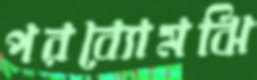
পরব্যোমঝি